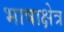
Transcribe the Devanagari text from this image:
भाषाक्षेत्र